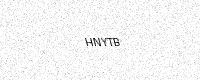
Text: HNYTB